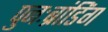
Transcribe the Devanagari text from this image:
पुनःब्रांडिंग